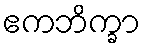
ဧကဘိက္ခာ